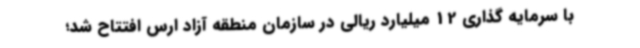
با سرمایه گذاری 12 میلیارد ریالی در سازمان منطقه آزاد ارس افتتاح شد؛